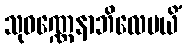
သုဝဏ္ဏေနာဘိလေပယိံ